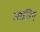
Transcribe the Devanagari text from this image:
ताजिए